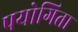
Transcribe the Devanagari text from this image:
पयोगिता